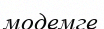
модемге